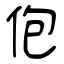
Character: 佨